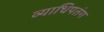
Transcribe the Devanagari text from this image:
व्याधिपतंग